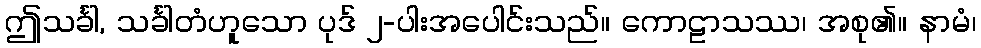
ဤသင်္ခါ, သင်္ခါတံဟူသော ပုဒ် ၂-ပါးအပေါင်းသည်။ ကောဠာသဿ၊ အစု၏။ နာမံ၊